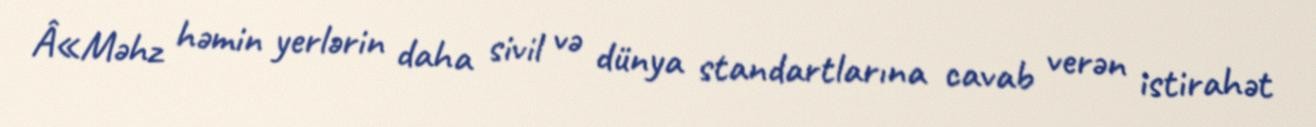
Â«Məhz həmin yerlərin daha sivil və dünya standartlarına cavab verən istirahət